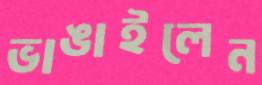
ভাঙাইলেন